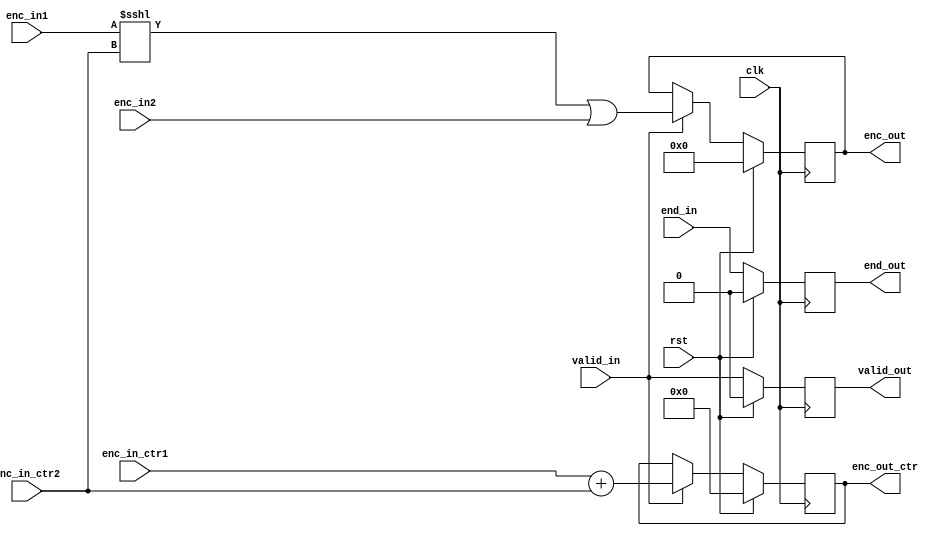
/* Generated by Yosys 0.8+     369 (git sha1 ea0e0722, clang 10.0.1 -fPIC -Os) */

(* \nmigen.hierarchy  = "top.anonymous" *)
(* generator = "nMigen" *)
module anonymous(enc_in_ctr1, enc_in_ctr2, enc_in1, enc_in2, end_in, rst, clk, enc_out_ctr, enc_out, valid_out, end_out, valid_in);
  wire [5:0] \$1 ;
  wire [61:0] \$3 ;
  wire [61:0] \$5 ;
  (* src = "merge.py:49" *)
  reg [61:0] \$next\enc_out ;
  (* src = "merge.py:50" *)
  reg [5:0] \$next\enc_out_ctr ;
  (* src = "merge.py:58" *)
  reg \$next\end_out ;
  (* src = "merge.py:54" *)
  reg \$next\valid_out ;
  (* src = "nmigen/hdl/ir.py:329" *)
  input clk;
  (* src = "merge.py:43" *)
  input [30:0] enc_in1;
  (* src = "merge.py:46" *)
  input [30:0] enc_in2;
  (* src = "merge.py:44" *)
  input [4:0] enc_in_ctr1;
  (* src = "merge.py:47" *)
  input [4:0] enc_in_ctr2;
  (* init = 62'h0000000000000000 *)
  (* src = "merge.py:49" *)
  output [61:0] enc_out;
  reg [61:0] enc_out = 62'h0000000000000000;
  (* init = 6'h00 *)
  (* src = "merge.py:50" *)
  output [5:0] enc_out_ctr;
  reg [5:0] enc_out_ctr = 6'h00;
  (* src = "merge.py:57" *)
  input end_in;
  (* init = 1'h0 *)
  (* src = "merge.py:58" *)
  output end_out;
  reg end_out = 1'h0;
  (* src = "nmigen/hdl/ir.py:329" *)
  input rst;
  (* src = "merge.py:53" *)
  input valid_in;
  (* init = 1'h0 *)
  (* src = "merge.py:54" *)
  output valid_out;
  reg valid_out = 1'h0;
  assign \$1  = enc_in_ctr1 + (* src = "merge.py:74" *) enc_in_ctr2;
  assign \$3  = enc_in1 <<< (* src = "merge.py:75" *) enc_in_ctr2;
  assign \$5  = \$3  | (* src = "merge.py:75" *) enc_in2;
  always @(posedge clk)
      end_out <= \$next\end_out ;
  always @(posedge clk)
      valid_out <= \$next\valid_out ;
  always @(posedge clk)
      enc_out <= \$next\enc_out ;
  always @(posedge clk)
      enc_out_ctr <= \$next\enc_out_ctr ;
  always @* begin
    \$next\enc_out_ctr  = enc_out_ctr;
    casez (valid_in)
      1'h1:
          \$next\enc_out_ctr  = \$1 ;
    endcase
    casez (rst)
      1'h1:
          \$next\enc_out_ctr  = 6'h00;
    endcase
  end
  always @* begin
    \$next\enc_out  = enc_out;
    casez (valid_in)
      1'h1:
          \$next\enc_out  = \$5 ;
    endcase
    casez (rst)
      1'h1:
          \$next\enc_out  = 62'h0000000000000000;
    endcase
  end
  always @* begin
    \$next\valid_out  = valid_out;
    \$next\valid_out  = valid_in;
    casez (rst)
      1'h1:
          \$next\valid_out  = 1'h0;
    endcase
  end
  always @* begin
    \$next\end_out  = end_out;
    \$next\end_out  = end_in;
    casez (rst)
      1'h1:
          \$next\end_out  = 1'h0;
    endcase
  end
endmodule

(* \nmigen.hierarchy  = "top" *)
(* top =  1  *)
(* generator = "nMigen" *)
module top(enc_in_ctr, valid_in, end_in, \enc_in$1 , \enc_in_ctr$2 , rst, clk, enc_out, enc_out_ctr, valid_out, end_out, enc_in);
  (* src = "merge.py:43" *)
  reg [30:0] \$next\enc_in1 ;
  (* src = "merge.py:46" *)
  reg [30:0] \$next\enc_in2 ;
  (* src = "merge.py:44" *)
  reg [4:0] \$next\enc_in_ctr1 ;
  (* src = "merge.py:47" *)
  reg [4:0] \$next\enc_in_ctr2 ;
  (* src = "merge.py:112" *)
  reg [61:0] \$next\enc_out ;
  (* src = "merge.py:113" *)
  reg [5:0] \$next\enc_out_ctr ;
  (* src = "merge.py:57" *)
  reg \$next\end_in$4 ;
  (* src = "merge.py:121" *)
  reg \$next\end_out ;
  (* src = "merge.py:53" *)
  reg \$next\valid_in$3 ;
  (* src = "merge.py:117" *)
  reg \$next\valid_out ;
  (* src = "nmigen/hdl/ir.py:329" *)
  input clk;
  (* src = "merge.py:109" *)
  input [30:0] enc_in;
  (* src = "merge.py:109" *)
  input [30:0] \enc_in$1 ;
  (* src = "merge.py:43" *)
  wire [30:0] enc_in1;
  (* src = "merge.py:46" *)
  wire [30:0] enc_in2;
  (* src = "merge.py:110" *)
  input [4:0] enc_in_ctr;
  (* src = "merge.py:110" *)
  input [4:0] \enc_in_ctr$2 ;
  (* src = "merge.py:44" *)
  wire [4:0] enc_in_ctr1;
  (* src = "merge.py:47" *)
  wire [4:0] enc_in_ctr2;
  (* src = "merge.py:112" *)
  output [61:0] enc_out;
  (* src = "merge.py:49" *)
  wire [61:0] \enc_out$6 ;
  (* src = "merge.py:113" *)
  output [5:0] enc_out_ctr;
  (* src = "merge.py:50" *)
  wire [5:0] \enc_out_ctr$5 ;
  (* src = "merge.py:120" *)
  input end_in;
  (* src = "merge.py:57" *)
  wire \end_in$4 ;
  (* src = "merge.py:121" *)
  output end_out;
  (* src = "merge.py:58" *)
  wire \end_out$8 ;
  (* src = "nmigen/hdl/ir.py:329" *)
  input rst;
  (* src = "merge.py:116" *)
  input valid_in;
  (* src = "merge.py:53" *)
  wire \valid_in$3 ;
  (* src = "merge.py:117" *)
  output valid_out;
  (* src = "merge.py:54" *)
  wire \valid_out$7 ;
  anonymous \$9  (
    .clk(clk),
    .enc_in1(enc_in1),
    .enc_in2(enc_in2),
    .enc_in_ctr1(enc_in_ctr1),
    .enc_in_ctr2(enc_in_ctr2),
    .enc_out(\enc_out$6 ),
    .enc_out_ctr(\enc_out_ctr$5 ),
    .end_in(\end_in$4 ),
    .end_out(\end_out$8 ),
    .rst(rst),
    .valid_in(\valid_in$3 ),
    .valid_out(\valid_out$7 )
  );
  always @* begin
    \$next\enc_in1  = 31'h00000000;
    \$next\enc_in1  = enc_in;
  end
  always @* begin
    \$next\enc_in_ctr1  = 5'h00;
    \$next\enc_in_ctr1  = enc_in_ctr;
  end
  always @* begin
    \$next\valid_in$3  = 1'h0;
    \$next\valid_in$3  = valid_in;
  end
  always @* begin
    \$next\end_in$4  = 1'h0;
    \$next\end_in$4  = end_in;
  end
  always @* begin
    \$next\enc_in2  = 31'h00000000;
    \$next\enc_in2  = \enc_in$1 ;
  end
  always @* begin
    \$next\enc_in_ctr2  = 5'h00;
    \$next\enc_in_ctr2  = \enc_in_ctr$2 ;
  end
  always @* begin
    \$next\enc_out  = 62'h0000000000000000;
    \$next\enc_out  = \enc_out$6 ;
  end
  always @* begin
    \$next\enc_out_ctr  = 6'h00;
    \$next\enc_out_ctr  = \enc_out_ctr$5 ;
  end
  always @* begin
    \$next\valid_out  = 1'h0;
    \$next\valid_out  = \valid_out$7 ;
  end
  always @* begin
    \$next\end_out  = 1'h0;
    \$next\end_out  = \end_out$8 ;
  end
  assign end_out = \$next\end_out ;
  assign valid_out = \$next\valid_out ;
  assign enc_out_ctr = \$next\enc_out_ctr ;
  assign enc_out = \$next\enc_out ;
  assign enc_in_ctr2 = \$next\enc_in_ctr2 ;
  assign enc_in2 = \$next\enc_in2 ;
  assign \end_in$4  = \$next\end_in$4 ;
  assign \valid_in$3  = \$next\valid_in$3 ;
  assign enc_in_ctr1 = \$next\enc_in_ctr1 ;
  assign enc_in1 = \$next\enc_in1 ;
endmodule